system: You are a helpful assistant.
user:
Analyze the provided spectrum to determine if it is a **"Cataclysmic Variables (CV)"**.

- **Key Indicators for CV (Check for either state):**
    - **State 1: Quiescent / Low-State (Emission-Dominated)**
        - **(Primary):** Strong and *very broad* Hydrogen Balmer emission lines (e.g., $H\alpha$ at 6563 Å, $H\beta$ at 4861 Å). The 'broadness' (high velocity dispersion, often FWHM > 1000 km/s) is the key diagnostic, indicating a high-velocity accretion disk.
        - **(Secondary):** Broad neutral Helium (He I) emission lines (e.g., 5876 Å, 6678 Å).
        - **(Key Confirmation):** Presence of high-excitation *ionized* Helium (He II) emission at 4686 Å. This is a strong indicator of accretion onto a white dwarf.
        - **(Line Profile):** Emission lines may exhibit a 'double-peaked' profile, which is a classic signature of a rotating accretion disk viewed at high inclination.

    - **State 2: Outburst / High-State (Absorption-Dominated)**
        - **(Primary):** Spectrum is dominated by a bright, blue continuum (looks like a hot star).
        - **(Secondary):** The emission lines from State 1 are weak, absent, or 'filled in', and are replaced by broad, shallow *absorption* lines (primarily Balmer and He I).
        - **(Morphology):** The overall spectrum mimics a hot B/A-type star. The crucial difference is that the absorption lines are significantly broader, shallower, and more 'washed-out' (or 'smeared') than the sharp lines of a normal stellar photosphere, due to high rotational speeds and pressure broadening in the disk.

Think first, call **spectral_visualization_tool** if needed to examine features in detail, then provide your final answer. Your response must adhere to the following strict rules:
1.  **Overall Structure:** Your response must follow the format `<think>...</think> <tool_call>...</tool_call> (if a tool is used) <answer>...</answer>`.
2.  **Tool Usage Constraint:** You may only make **one** tool call per turn.
3.  **Final Answer Format:** In the `<answer>` tag, your conclusion must be inside a `\boxed{}` command (e.g., `\boxed{YES}`), followed by your justification.

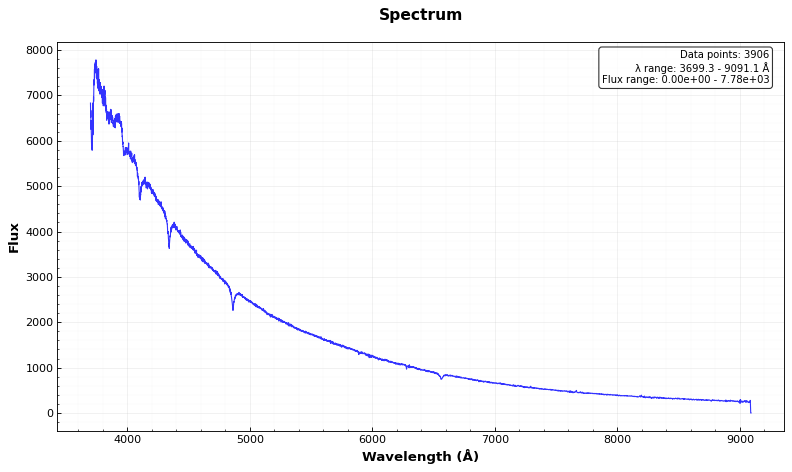
Answer: NO